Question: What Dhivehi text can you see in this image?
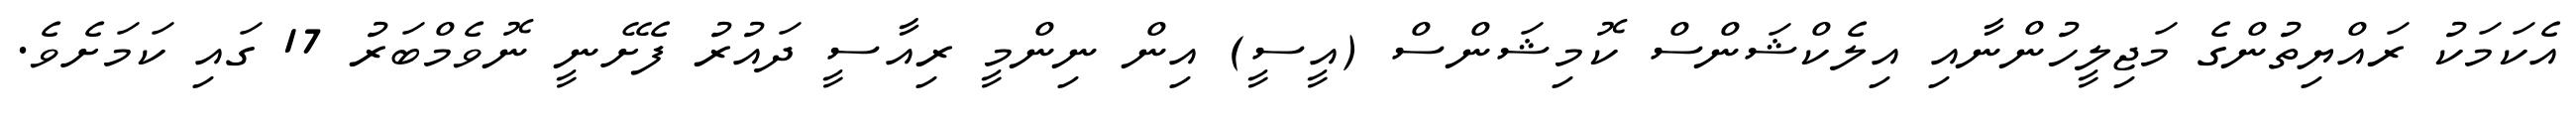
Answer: އެކަމަކު ރައްޔިތުންގެ މަޖިލީހުންނާއި އިލެކްޝަންސް ކޮމިޝަންސް (އީސީ) އިން ނިންމީ ރިއާސީ ދައުރު ފެށޭނީ ނޮވެމްބަރު 17 ގައި ކަމަށެވެ.